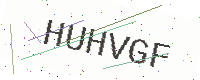
Text: HUHVGF